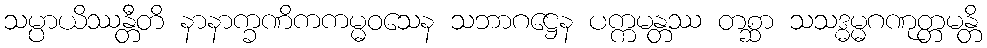
သမ္ပာယိဿန္တီတိ နာနာက္ခဏိကကမ္မဝသေန သဘာဂဋ္ဌေန ပက္ကမန္တဿ တစ္ဆာ သသဒ္ဓမ္မဂဏုတ္တမန္တိ